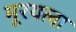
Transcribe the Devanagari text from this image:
मूरयला